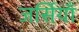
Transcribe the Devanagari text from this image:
जर्सियाँ